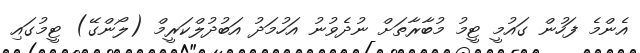
އެންމެ ފަހުން ގައުމީ ޓީމު މުބާރާތަށް ނުދެވުނު އަހުމަދު އަބުދުލްކަރީމް (ލޯންގޭ) ޓީމުގައި